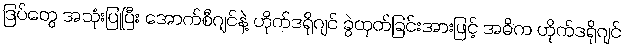
ဒြပ်တွေ အသုံးပြုပြီး အောက်စီဂျင်နဲ့ ဟိုက်ဒရိုဂျင် ခွဲထုတ်ခြင်းအားဖြင့် အဓိက ဟိုက်ဒရိုဂျင်